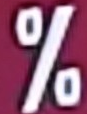
%